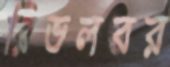
রিভলবর